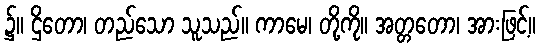
၌။ ဌိတော၊ တည်သော သူသည်။ ကာမေ၊ တို့ကို။ အတ္တတော၊ အားဖြင့်။